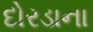
દોરડાના